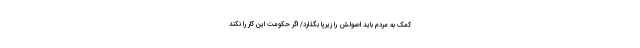
کمک به مردم باید اصولش را زیرپا بگذارد/ اگر حکومت این کار را نکند